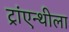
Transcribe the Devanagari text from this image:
ट्रांएन्थीला